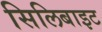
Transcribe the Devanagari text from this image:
सिलिबाइट